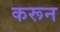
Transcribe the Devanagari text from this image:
करून